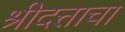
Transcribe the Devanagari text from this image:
श्रीदत्ताचा